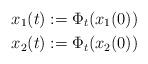
LaTeX: \begin{align*}x_1(t) &:= \Phi_t(x_1(0)) \\x_2(t) &:= \Phi_t(x_2(0))\end{align*}